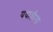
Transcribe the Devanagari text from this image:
ययातीला